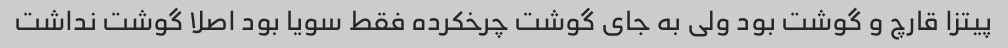
پیتزا قارچ و گوشت بود ولی به جای گوشت چرخکرده فقط سویا بود اصلا گوشت نداشت